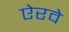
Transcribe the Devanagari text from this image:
ऐरवे